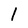
Character: 1